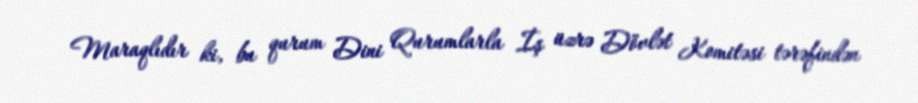
Maraqlıdır ki, bu qurum Dini Qurumlarla İş üzrə Dövlət Komitəsi tərəfindən